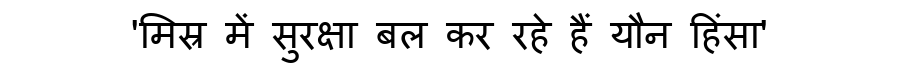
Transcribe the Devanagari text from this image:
'मिस्र में सुरक्षा बल कर रहे हैं यौन हिंसा'